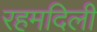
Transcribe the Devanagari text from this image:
रहमदिली